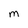
Character: m